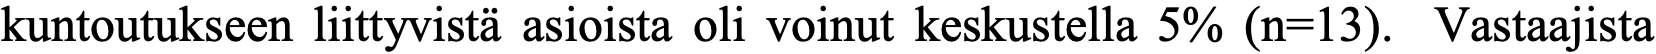
kuntoutukseen liittyvistä asioista oli voinut keskustella 5% (n=13). Vastaajista